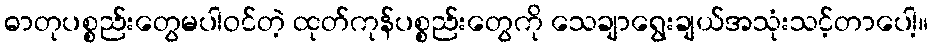
ဓာတုပစ္စည်းတွေမပါဝင်တဲ့ ထုတ်ကုန်ပစ္စည်းတွေကို သေချာရွေးချယ်အသုံးသင့်တာပေါ့။